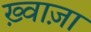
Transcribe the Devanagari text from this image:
ख़्वाज़ा